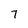
Character: 7